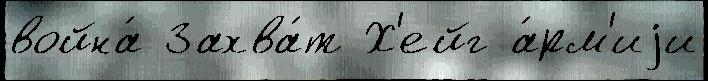
война́ Захва́т Х'ейг а́рм'иjи